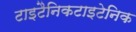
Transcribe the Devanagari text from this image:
टाइटैनिकटाइटेनिक